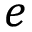
e